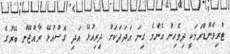
ޓްރިވެންޑްރަމަކީ ދިވެހިން އެންމެ ގިނަ އަދަދަކަށް ދިރިއުޅޭ އަދި ގޮސްއުޅޭ ރާއްޖޭން ބޭރުގެ